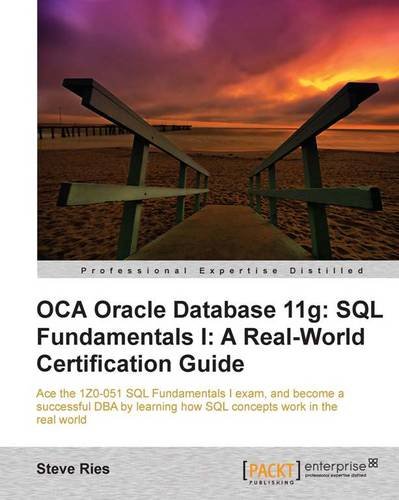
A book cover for OCA Oracle Database 11g: SQL Fundamentals I: A Real World Certification Guide (1ZO-051); Steve Ries; Computers & Technology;